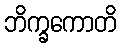
ဘိက္ခကောတိ